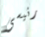
رئيسى